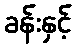
ခန်းနှင့်